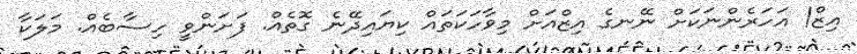
އިޒް! އަހަރެންނަކަށް ނޭނގެ އިޒްއަށް މިވާހަކަތައް ކިޔައިދޭނެ ގޮތެއް. ފަށަންވީ ހިސާބެއް. މަލަކާ